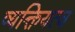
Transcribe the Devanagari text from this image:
व्यक्तियत्व